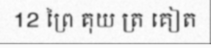
12 ព្រៃ គុយ ត្រ គៀត